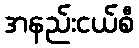
အနည်းငယ်စီ